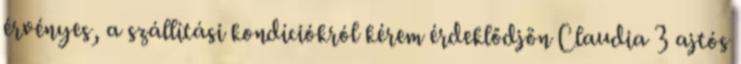
érvényes, a szállítási kondíciókról kérem érdeklődjön Claudia 3 ajtós